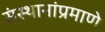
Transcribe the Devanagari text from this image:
संस्थानांप्रमाणे